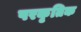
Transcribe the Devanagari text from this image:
परकृतिक